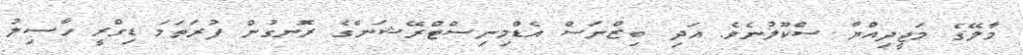
މާލޭގެ މަޖީދިއްޔާ ސްކޫލުނެވެ. އަދި ބިޒްނަސް އެޑްމިނިސްޓްރޭޝަންގެ ރޮނގުން ފުރަތަމަ ޑިގްރީ ހާސިލު